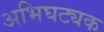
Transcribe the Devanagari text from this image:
अभिघट्यक